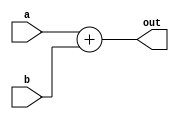
module adder(
   a,   //1st operand
   b,   //2nd operand
   out   //output
   );

   parameter DSIZE = 8;
   
   input [DSIZE-1:0] a, b;
   output [DSIZE-1:0] out;
   
assign out = a+b;

endmodule